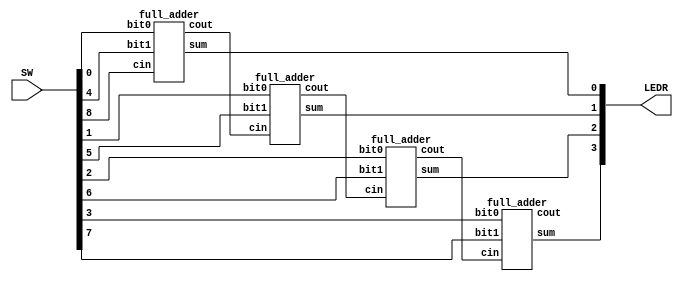
module main(input [8:0]SW, output [9:0]LEDR);
    wire c1, c2, c3;
    
    //             bit0, bit1, cin, sum, cout
    full_adder u1 (.bit0(SW[0]), .bit1(SW[4]), .cin(SW[8]), .sum(LEDR[0]), .cout(c1));
    full_adder u2 (.bit0(SW[1]), .bit1(SW[5]), .cin(c1), .sum(LEDR[1]), .cout(c2));
    full_adder u3 (.bit0(SW[2]), .bit1(SW[6]), .cin(c2), .sum(LEDR[2]), .cout(c3));
    full_adder u4 (.bit0(SW[3]), .bit1(SW[7]), .cin(c3), .sum(LEDR[3]), .cout(LEDR[9]));
endmodule

module full_adder(input bit0, bit1, cin,
                  output sum, cout);
    assign sum = bit0^bit1^cin;
    assign cout = (bit0&bit1)|(bit0&cin)|(bit1&cin);
endmodule